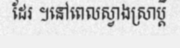
ដែរ ។នៅពេលស្វាងស្រាប្តី